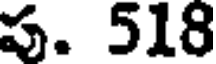
ప. 518